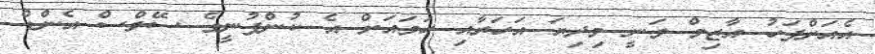
އެއަށްފަހު އާޒިމް ވަނީ މިދިޔަ އަހަރާއި ހަމައަށް އެ ކުންފުނީގެ ސޭލްސް އެންޑް